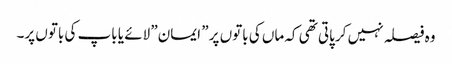
وہ فیصلہ نہیں کر پاتی تھی کہ ماں کی باتوں پر ” ایمان” لائے یا باپ کی باتوں پر۔